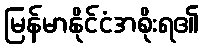
မြန်မာနိုင်ငံအစိုးရ၏